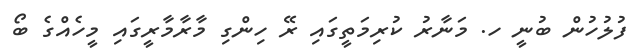
ފުލުހުން ބުނީ ހ. މަނާރު ކުރިމަތީގައި ރޭ ހިންގި މާރާމާރީގައި މީހެއްގެ ބޯ